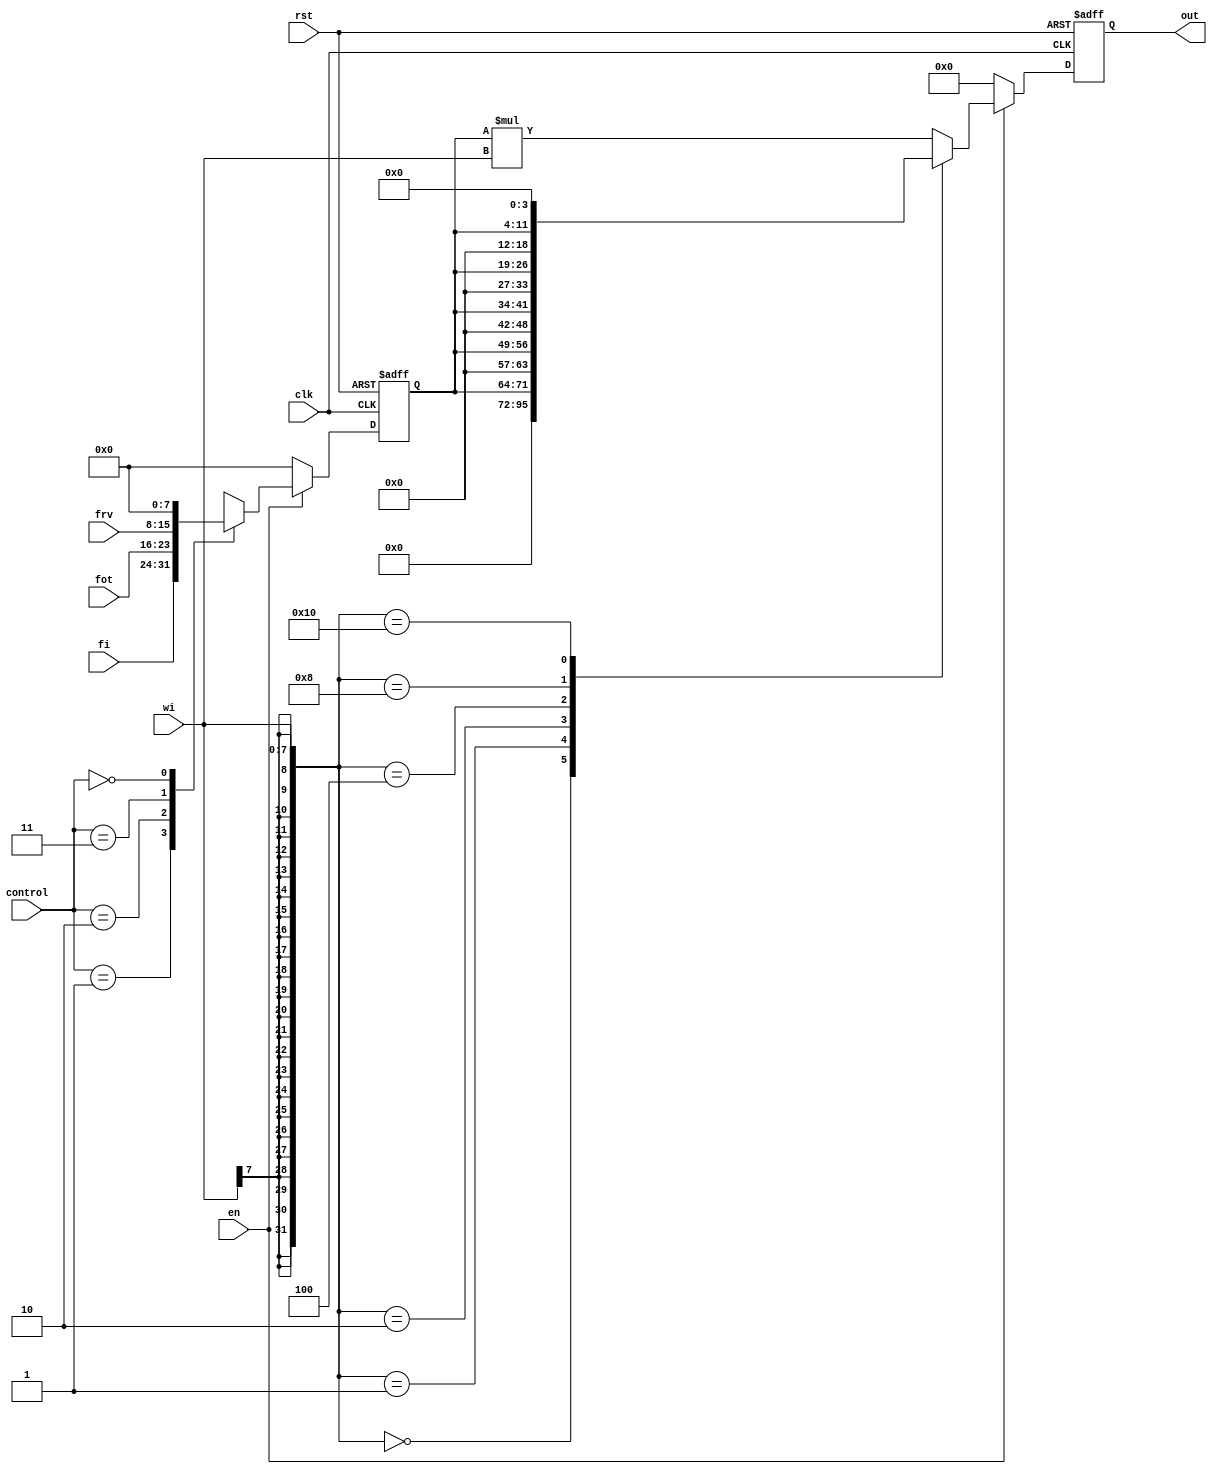

module PE (fi,frv,fot,control,wi,out,clk,rst,en);

parameter bits_of_value = 8;

//reset has priority over enable 
//reset codition when rst==1
//enable condition when en==1

input [bits_of_value -1:0] fi;
input [bits_of_value -1:0] frv;
input [bits_of_value -1:0] fot;
input signed [bits_of_value -1:0] wi;
//input [bits_of_value -1:0] interm;
input clk;
input rst;
input en;
input [1:0] control;
output reg signed [2*bits_of_value -1:0] out;
//reg [2*bits_of_value -1:0] accu;
reg signed [bits_of_value -1:0] f;

always @ (posedge clk,posedge rst)
begin
if(rst)
begin
f=0;
end
else 
if(!en)
begin
f=0;
end
else 
begin
case (control)

1: begin
f=fi;
end

2:begin
f=fot;
end

3: begin
f=frv;
end

0:begin
f=0;
end

endcase
end
end



always @ (posedge clk,posedge rst)
begin
if(rst)
begin
out=0;
end
else 
if(!en)
begin
out=0;
end
else 
begin
case (wi)

0:begin
out=0;

end

1:begin
out={8'h00,f};

end


2:begin
out={7'b0000000,f[7:0],1'b0};

end

4:begin
out={6'b000000,f[7:0],2'b00};

end

8:begin
out={5'b00000,f[7:0],3'b000};

end

16:begin
out={4'b0000,f[7:0],4'b0000};

end

default: begin
out = f * wi;

end

endcase

end

end

/*always @ (posedge clk,posedge rst)
begin
if(rst)
begin
out=0;
end
else 
if(!en)
begin
out=0;
end
else 
begin
out = accu + interm ;
end
end*/

endmodule